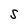
Character: S